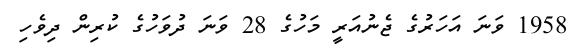
1958 ވަނަ އަހަރުގެ ޖެނުއަރީ މަހުގެ 28 ވަނަ ދުވަހުގެ ކުރިން ދިވެހި